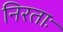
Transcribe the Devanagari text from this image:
निरताः